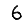
Digit: 6